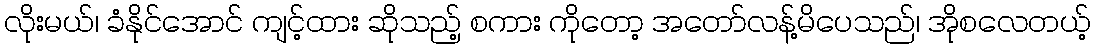
လိုးမယ်၊ ခံနိုင်အောင် ကျင့်ထား ဆိုသည့် စကား ကိုတော့ အတော်လန့်မိပေသည်၊ အိုစလေတယ့်